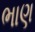
ભાણ